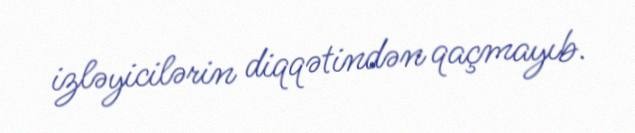
izləyicilərin diqqətindən qaçmayıb.